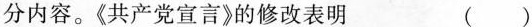
分内容。《共产党宣言》的修改表明 ( )